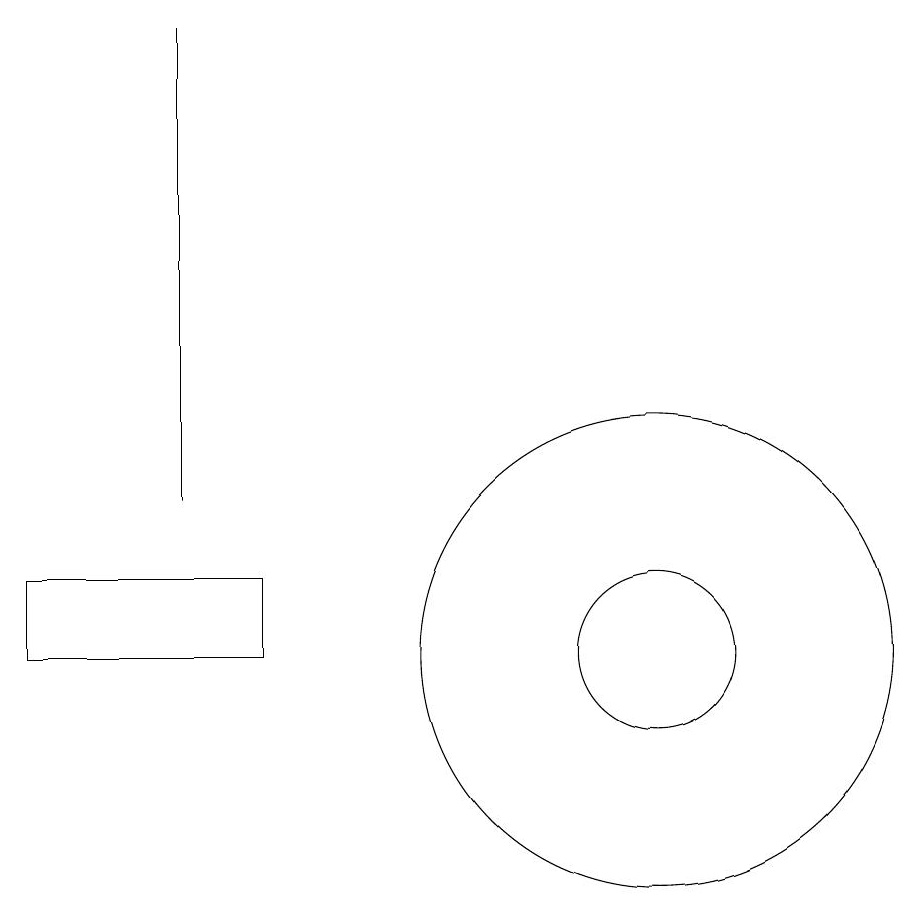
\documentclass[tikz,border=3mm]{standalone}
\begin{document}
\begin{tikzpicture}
\draw (11,10) circle (3);
\draw (6,10) rectangle (3,11);
\draw (5,12) rectangle (5,18);
\draw (11,10) circle (1);
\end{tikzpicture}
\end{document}